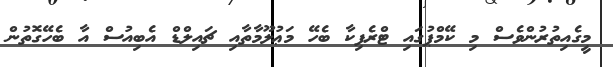
މީގެއިތުރުންވެސް މި ކޭމްޕުުގައި ޓްރެފިކާ ބެހޭ މަޢުލޫމާތާއި ޗައިލްޑް އެބިއުސް އާ ބެހޭގޮތުން